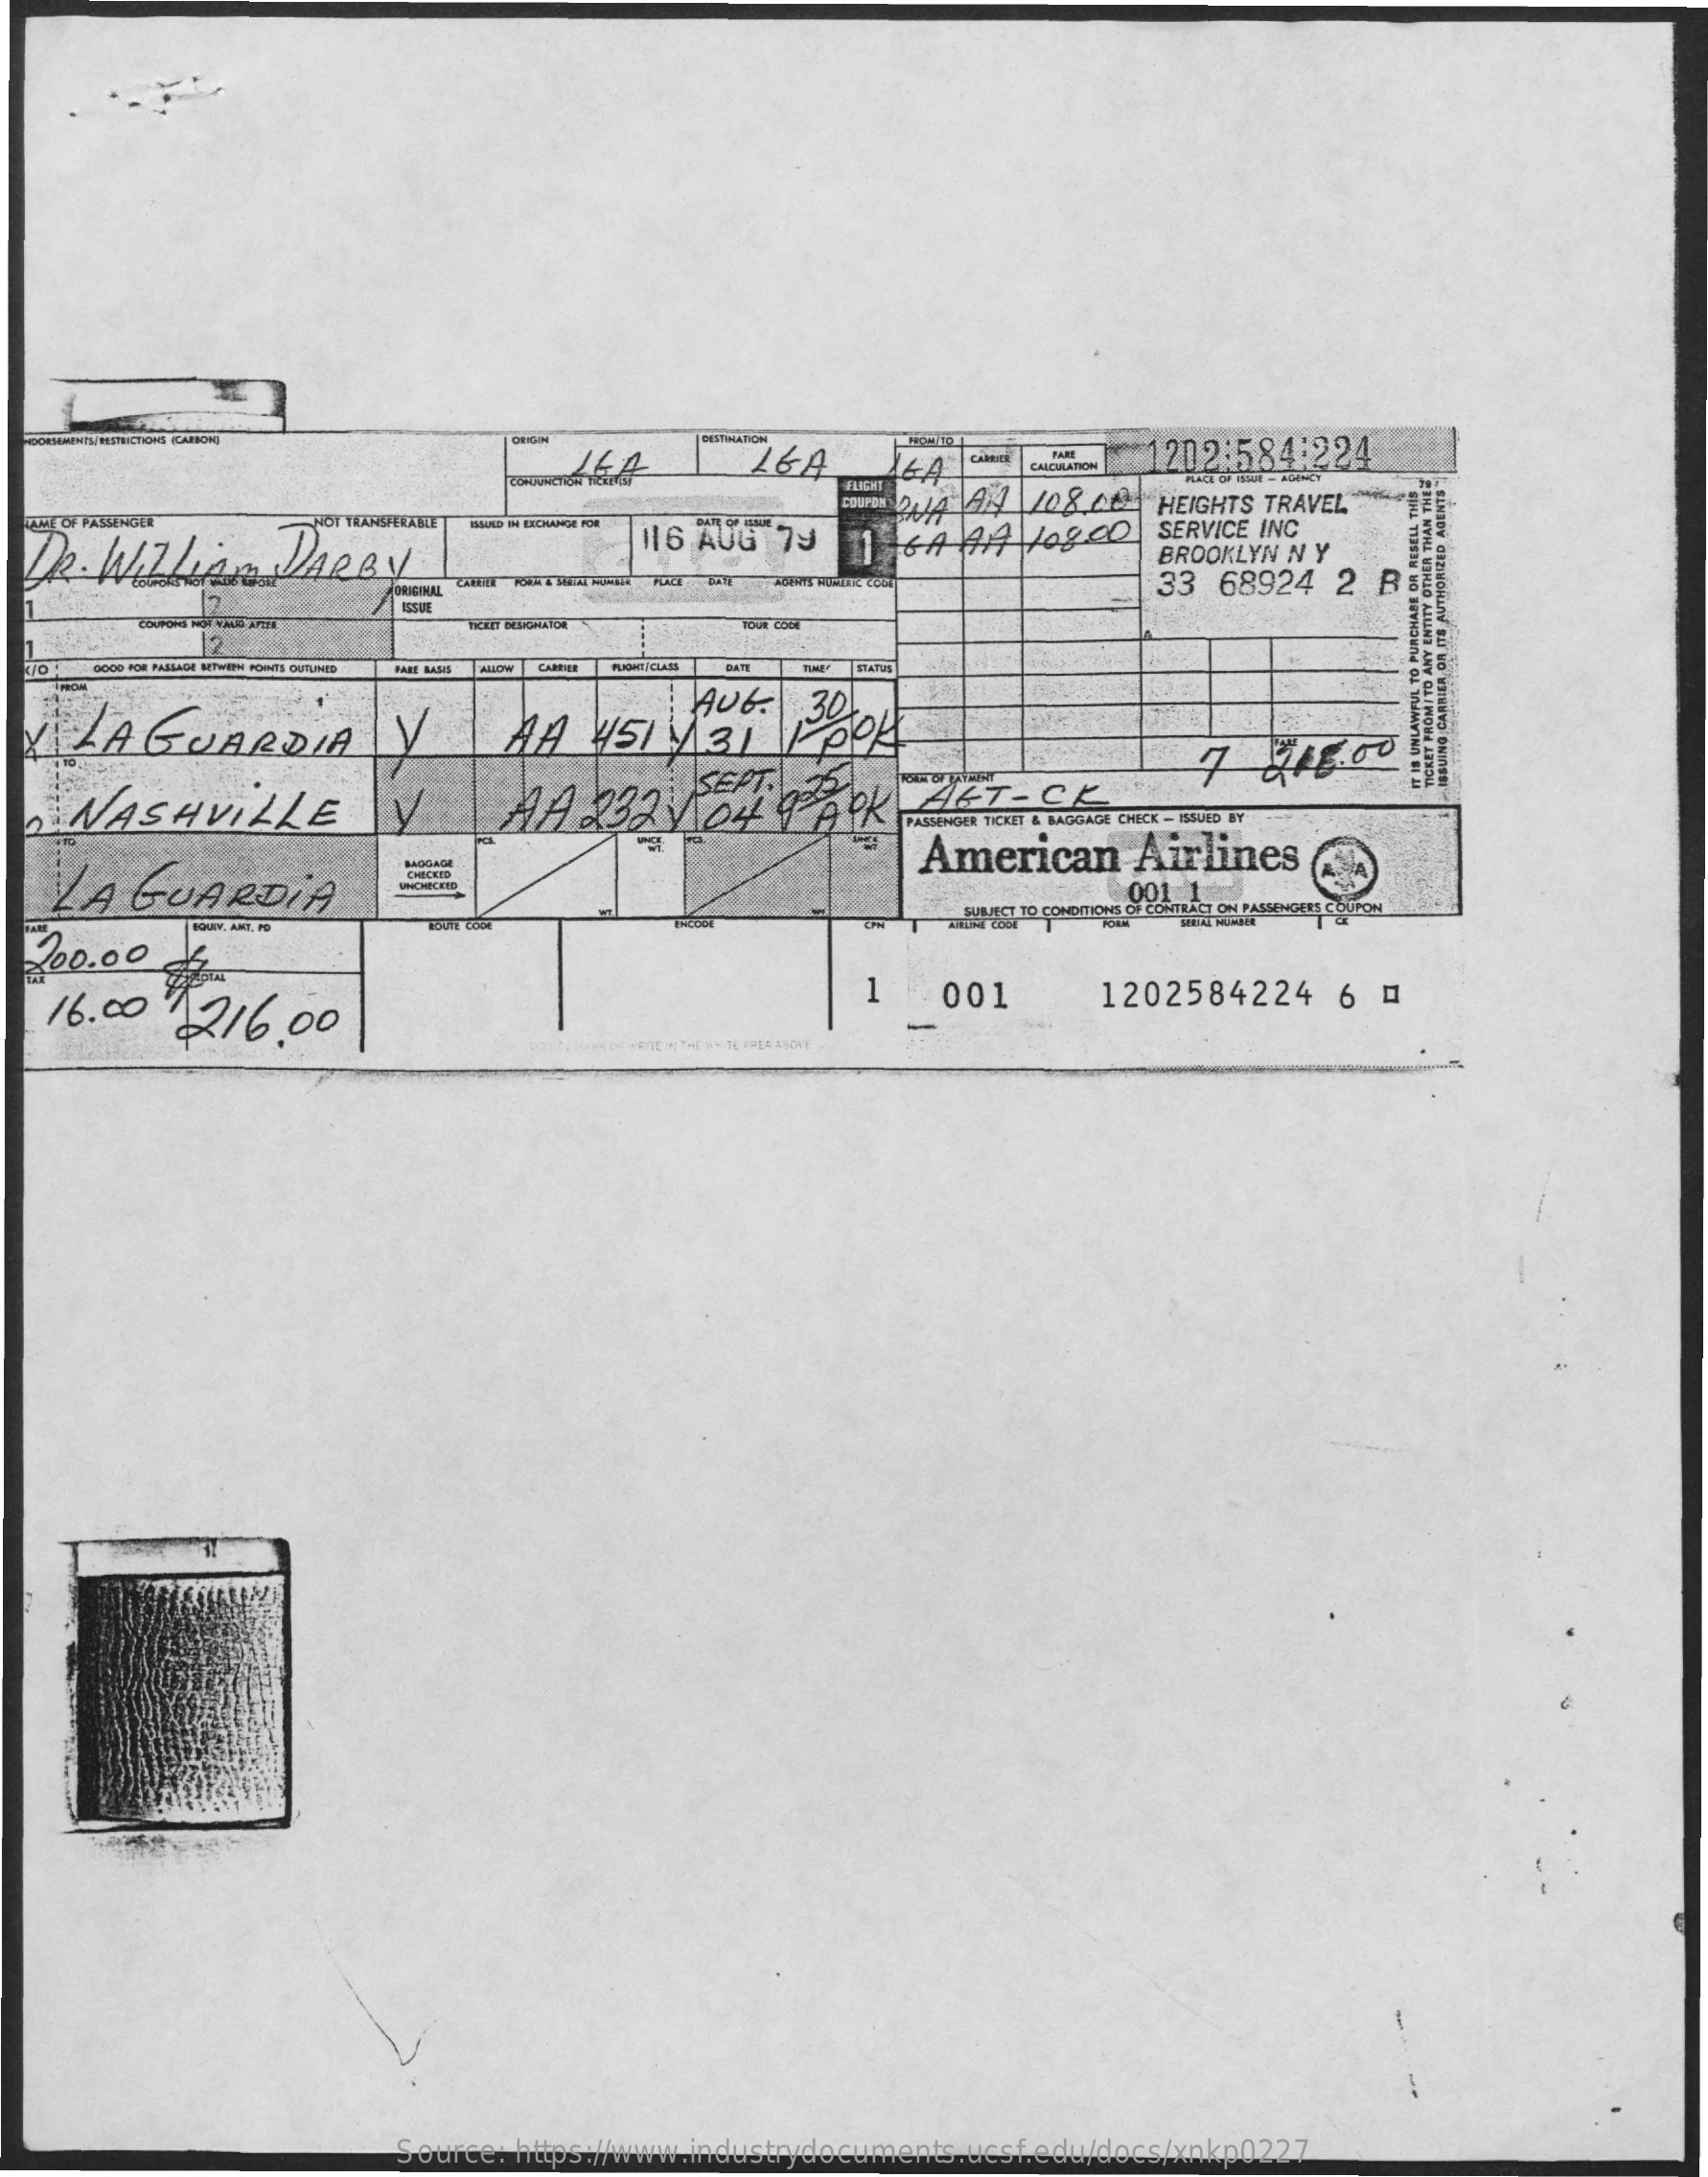
16A    1202:584:224
     CAIDAATION
     FLICHT
  GAME OF PASSENGER
     HEIGHTS TRAVEL
  DR. Withand    DARBY
     BUAD IN EXCHANGE FOR
     116 AUG  79    SERVICE INC
     BROOKLYN N Y
     33  68924  2  B&
     12
  70  0006 FOR MASLAGE BETWEEN POINTS OUTLINED FARE BANE ALLOW STATES
  Y  LAGUARDIA    Y    AA   451  4  31
     NASHVILLE    MA    324   04  9  APR
     7   816.00
     ALT-CL
     PASSENGER TICKET & BADGADE CHECK - ISSUED BY
   LA   GUARDIA
     American    Airlines
     CHICEtD
     001 1
  200.00    4
     SUBJECT TO CONDITIONS OF CONTRACT ON PASSENGERS
   16.00    216.00
     1    001    1202584224    6  @
     -
     ; THE WHITE AMLA BIOKE
     Source: https://www.industrydocuments.ucsf.edu/docs/xnkp0227